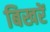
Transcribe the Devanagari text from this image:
बिखरें